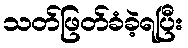
သတ်ဖြတ်ခံခဲ့ရပြီး